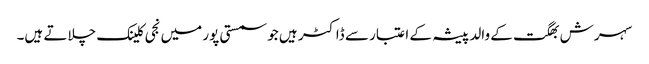
سہرش بھگت کے والد پیشہ کے اعتبار سے ڈاکٹر ہیں جو سمستی پور میں نجی کلینک چلاتے ہیں۔